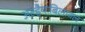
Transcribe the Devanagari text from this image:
अल्हैयाबिलावल